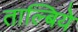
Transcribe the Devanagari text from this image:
ताल्बिये